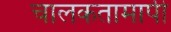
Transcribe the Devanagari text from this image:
चालकतामापी